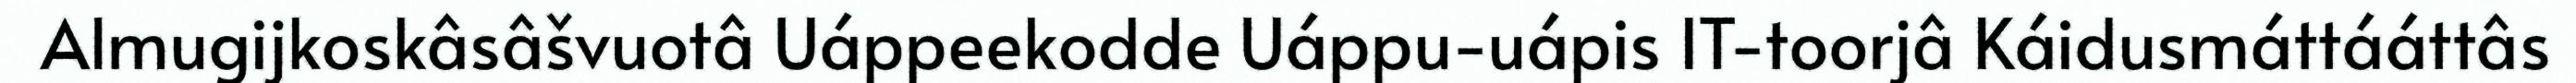
Almugijkoskâsâšvuotâ Uáppeekodde Uáppu-uápis IT-toorjâ Káidusmáttááttâs